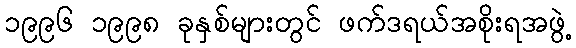
၁၉၉၆ ၁၉၉၈ ခုနှစ်များတွင် ဖက်ဒရယ်အစိုးရအဖွဲ့